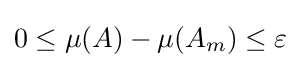
0\leq \mu (A)-\mu (A_{m})\leq \varepsilon